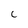
Character: C